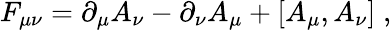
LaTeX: F_{\mu\nu}=\partial_{\mu}A_{\nu}-\partial_{\nu}A_{\mu}+[A_{\mu},A_{\nu}]\; ,